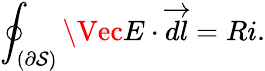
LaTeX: \oint_{(\partial\mathcal{S})}\Vec{E}\cdot\overrightarrow{dl}=Ri.